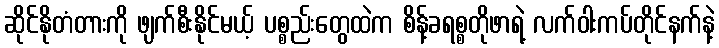
ဆိုင်နိုတံတားကို ဖျက်စီးနိုင်မယ့် ပစ္စည်းတွေထဲက စိန့်ခရစ္စတိုဖာရဲ့ လက်ဝါးကပ်တိုင်နက်နဲ့